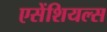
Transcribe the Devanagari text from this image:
एसेंशियल्स